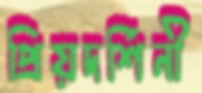
প্রিয়দর্শিনী